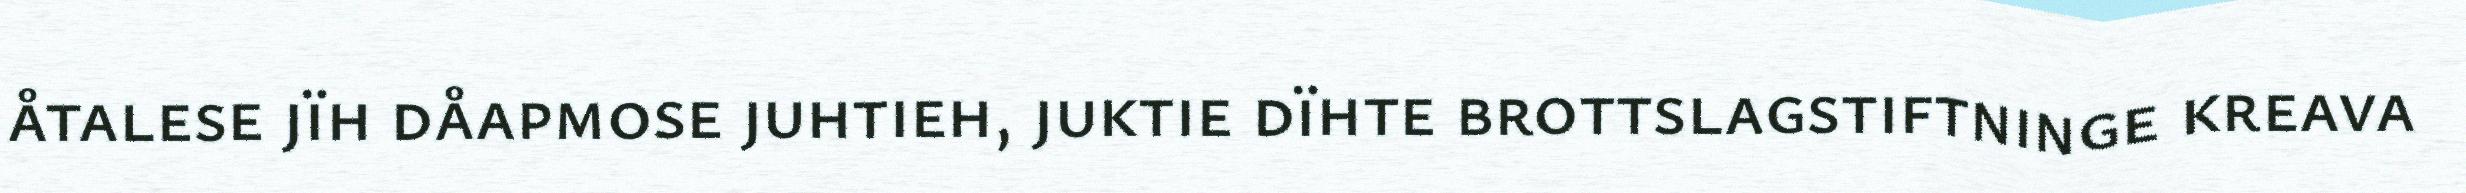
åtalese jïh dåapmose juhtieh, juktie dïhte brottslagstiftninge kreava